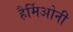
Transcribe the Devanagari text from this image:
हैर्मिओनी